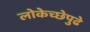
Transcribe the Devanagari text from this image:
लोकेच्छेपुढे